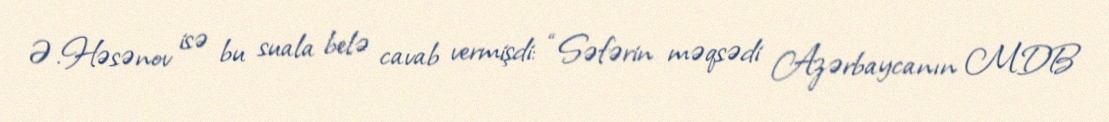
Ə.Həsənov isə bu suala belə cavab vermişdi: “Səfərin məqsədi Azərbaycanın MDB